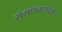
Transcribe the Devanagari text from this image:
संगणकापेक्षा